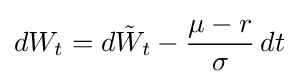
dW_{t}=d{\tilde {W}}_{t}-{\frac {\mu -r}{\sigma }}\,dt